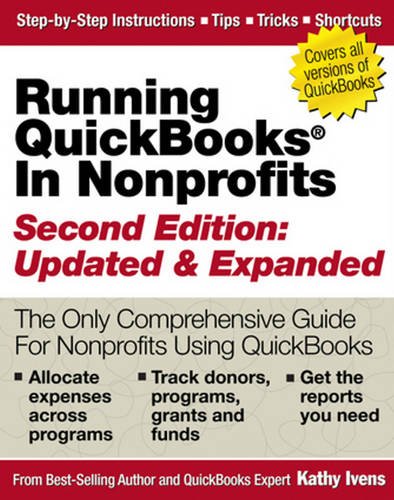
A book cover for Running QuickBooks in Nonprofits: 2nd Edition: The Only Comprehensive Guide for Nonprofits Using QuickBooks; Kathy Ivens; Computers & Technology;